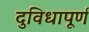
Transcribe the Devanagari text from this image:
दुविधापूर्ण